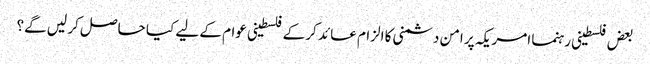
بعض فلسطینی رہنما امریکہ پر امن دشمنی کا الزام عائد کر کے فلسطینی عوام کے لیے کیا حاصل کر لیں گے؟